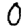
Digit: 0